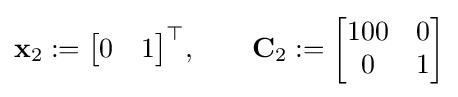
\mathbf {x} _{2}:={\begin{bmatrix}0&1\end{bmatrix}}^{\top },\qquad \mathbf {C} _{2}:={\begin{bmatrix}100&0\\0&1\end{bmatrix}}